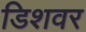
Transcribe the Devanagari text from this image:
डिशवर